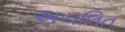
અચલિત